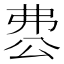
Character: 𠔘